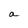
Character: a